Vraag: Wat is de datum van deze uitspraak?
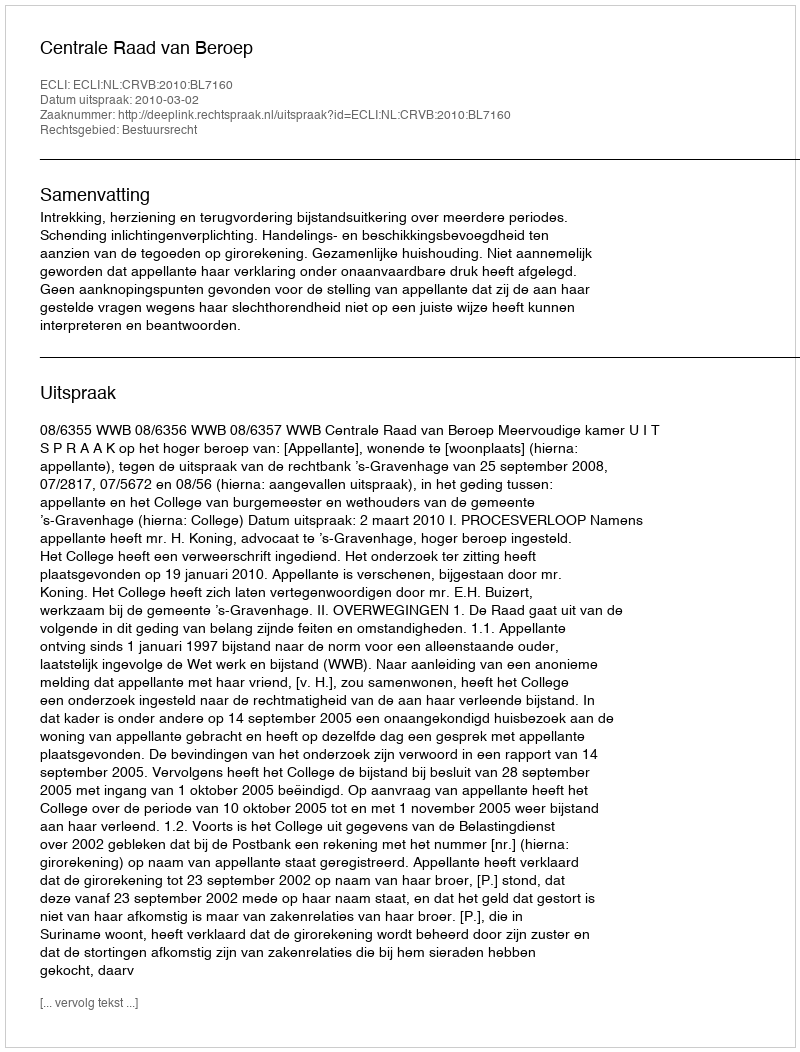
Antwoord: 2010-03-02